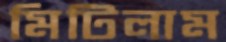
মিটিলাম